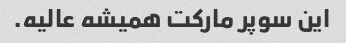
این سوپر مارکت همیشه عالیه.